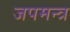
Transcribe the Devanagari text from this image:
जपमन्त्र